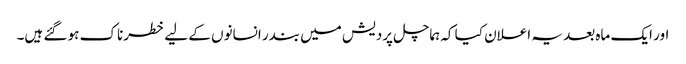
اور ایک ماہ بعد یہ اعلان کیا کہ ہماچل پردیش میں بندر انسانوں کے لیے خطرناک ہو گئے ہیں۔